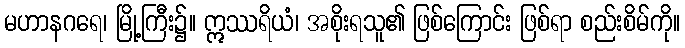
မဟာနဂရေ၊ မြို့ကြီး၌။ ဣဿရိယံ၊ အစိုးရသူ၏ ဖြစ်ကြောင်း ဖြစ်ရာ စည်းစိမ်ကို။